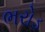
ભરોડ